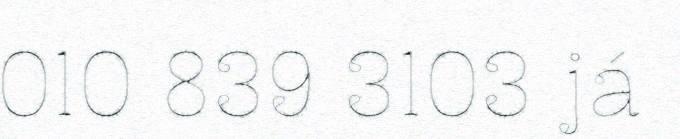
010 839 3103 já